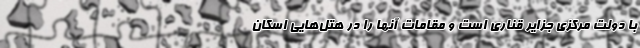
با دولت مرکزی جزایر قناری است و مقامات آنها را در هتل‌هایی اسکان